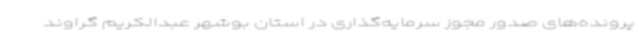
پرونده‌های صدور مجوز سرمایه‌گذاری در استان بوشهر عبدالکریم گراوند